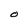
Character: O